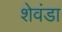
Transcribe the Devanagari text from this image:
शेवंडा